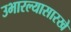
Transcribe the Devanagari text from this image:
उभारल्यासारखे